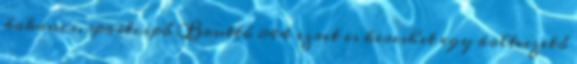
bakancs, sportcipő Bruttó 844 ezret is kereshet egy boltvezető